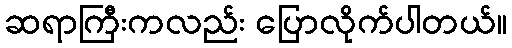
ဆရာကြီးကလည်း ပြောလိုက်ပါတယ်။